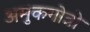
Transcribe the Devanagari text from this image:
अमुकगोत्रो